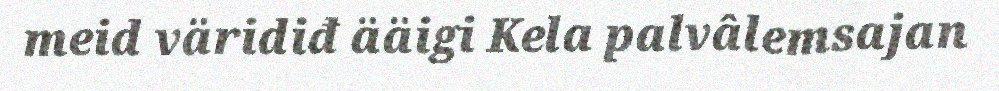
meid väridiđ ääigi Kela palvâlemsajan